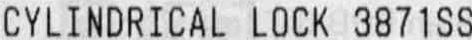
CYLINDRICAL LOCK 3871SS